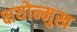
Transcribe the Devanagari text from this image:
क्षयोन्मुख